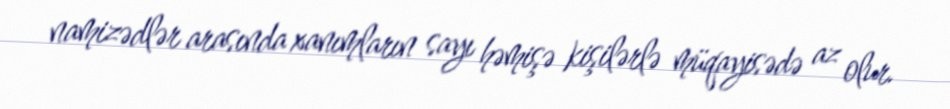
namizədlər arasında xanımların sayı həmişə kişilərlə müqayisədə az olur.